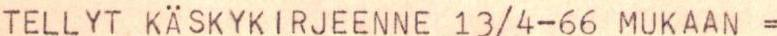
TELLYT KÄSKYKIRJEENNE 13/4-66 MUKAAN =